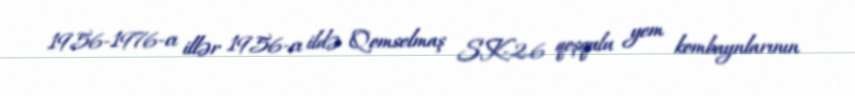
1956-1976-cı illər 1956-cı ildə Qomselmaş SK-2.6 qoşqulu yem kombaynlarının